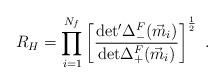
LaTeX: \begin{align*}R_{H}=\prod_{i=1}^{N_{f}}\left[\frac{{\rm det'}\Delta^{F}_{-}(\vec{m}_{i})}{{\rm det}\Delta^{F}_{+}(\vec{m}_{i})}\right]^{\frac{1}{2}}\ .\end{align*}